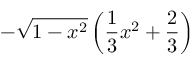
- \sqrt { 1 - x ^ { 2 } } \left( \frac { 1 } { 3 } x ^ { 2 } + \frac { 2 } { 3 } \right)